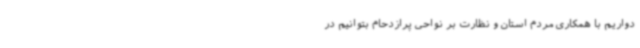
دواریم با همکاری مردم استان و نظارت بر نواحی پرازدحام بتوانیم در